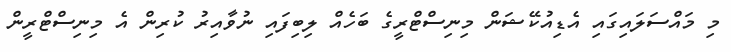
މި މައްސަލައިގައި އެޑިއުކޭޝަން މިނިސްޓްރީގެ ބަހެއް ލިބިފައި ނުވާއިރު ކުރިން އެ މިނިސްޓްރީން